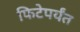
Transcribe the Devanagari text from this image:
फिटेपर्यंत